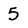
Character: 5